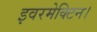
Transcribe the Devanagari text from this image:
इवरमेक्टिन।